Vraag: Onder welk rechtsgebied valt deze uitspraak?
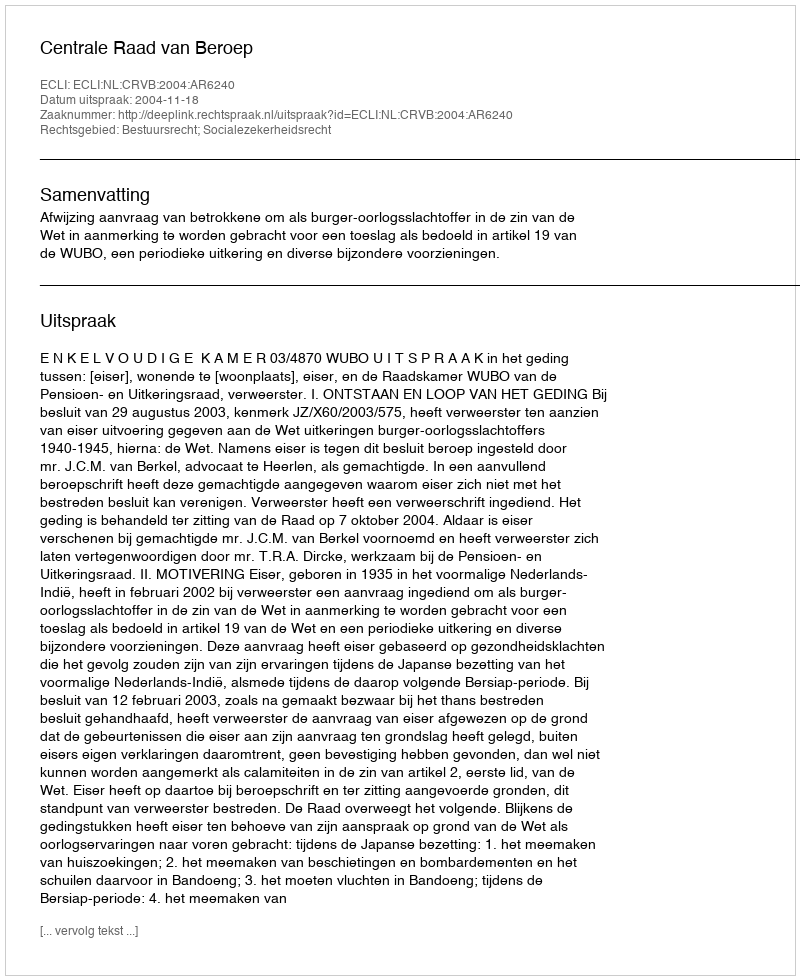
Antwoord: Bestuursrecht; Socialezekerheidsrecht